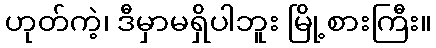
ဟုတ်ကဲ့၊ ဒီမှာမရှိပါဘူး မြို့စားကြီး။